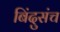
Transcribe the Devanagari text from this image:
बिंदुसंच